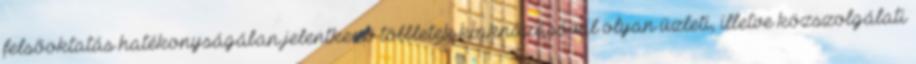
felsõoktatás hatékonyságában jelentkezõ többletek kiaknázásával olyan üzleti, illetve közszolgálati